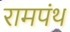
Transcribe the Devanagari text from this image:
रामपंथ